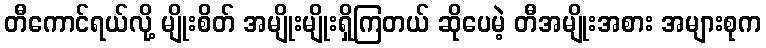
တီကောင်ရယ်လို့ မျိုးစိတ် အမျိုးမျိုးရှိကြတယ် ဆိုပေမဲ့ တီအမျိုးအစား အများစုက